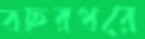
বছরধরে